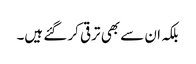
بلکہ ان سے بھی ترقی کر گئے ہیں۔